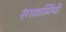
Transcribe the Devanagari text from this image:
रंगकर्मियो